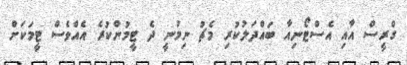
ގްރީސް އާއި އެސްޓޯނިއާ ބައްދަލުކުރި މެޗު ނިމުނީ ދެ ޓީމުންކުރެ އެއްވެސް ޓީމަކަށް